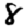
Digit: 8